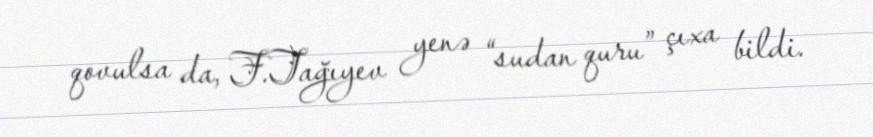
qovulsa da, F.Tağıyev yenə “sudan quru” çıxa bildi.